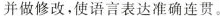
并做修改，使语言表达准确连贯。